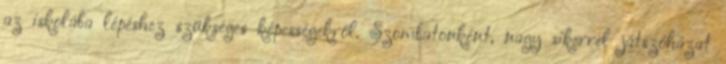
az iskolába lépéshez szükséges képességekről. Szombatonként, nagy sikerrel játszóházat